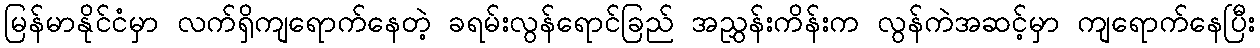
မြန်မာနိုင်ငံမှာ လက်ရှိကျရောက်နေတဲ့ ခရမ်းလွန်ရောင်ခြည် အညွှန်းကိန်းက လွန်ကဲအဆင့်မှာ ကျရောက်နေပြီး